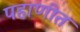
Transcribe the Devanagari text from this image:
पहाणीत